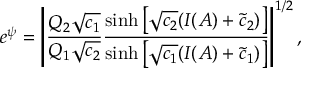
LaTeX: e ^ { \psi } = \left| \frac { Q _ { 2 } \sqrt { c _ { 1 } } } { Q _ { 1 } \sqrt { c _ { 2 } } } \frac { \sinh \left[ \sqrt { c _ { 2 } } ( I ( A ) + \tilde { c } _ { 2 } ) \right] } { \sinh \left[ \sqrt { c _ { 1 } } ( I ( A ) + \tilde { c } _ { 1 } ) \right] } \right| ^ { 1 / 2 } ,